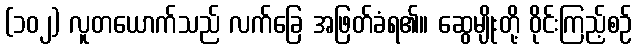
(၁၀၂) လူတယောက်သည် လက်ခြေ အဖြတ်ခံရ၏။ ဆွေမျိုးတို့ ဝိုင်းကြည့်စဉ်